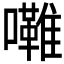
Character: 𱕦